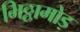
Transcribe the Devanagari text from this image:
भिठ्ठामोड़